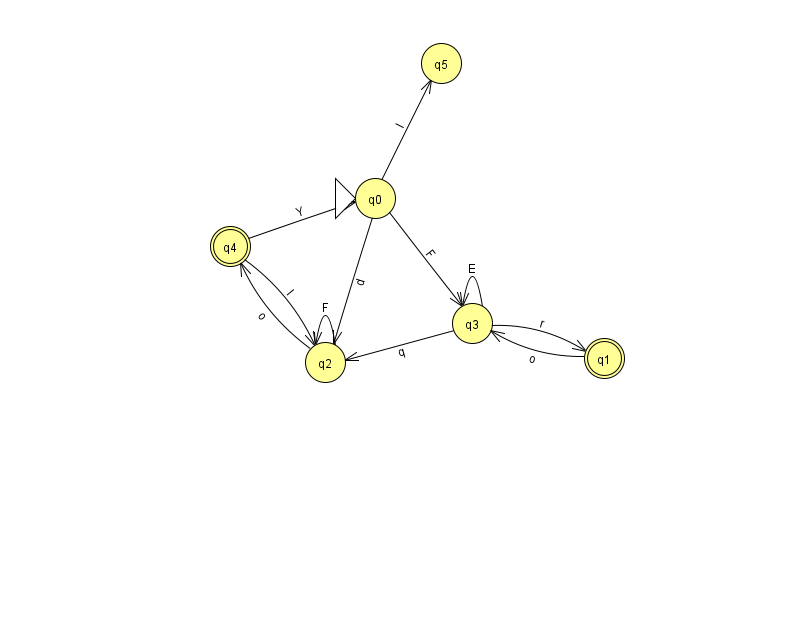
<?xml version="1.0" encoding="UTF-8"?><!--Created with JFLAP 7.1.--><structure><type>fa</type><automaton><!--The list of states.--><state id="0" name="q0"><x>375.0</x><y>185.0</y><initial/></state><state id="1" name="q1"><x>604.0</x><y>345.0</y><final/></state><state id="2" name="q2"><x>325.0</x><y>349.0</y></state><state id="3" name="q3"><x>472.0</x><y>310.0</y></state><state id="4" name="q4"><x>230.0</x><y>233.0</y><final/></state><state id="5" name="q5"><x>441.0</x><y>50.0</y></state><!--The list of transitions.--><transition><from>0</from><to>3</to><read>F</read></transition><transition><from>3</from><to>2</to><read>q</read></transition><transition><from>2</from><to>4</to><read>o</read></transition><transition><from>0</from><to>2</to><read>d</read></transition><transition><from>4</from><to>0</to><read>Y</read></transition><transition><from>1</from><to>3</to><read>o</read></transition><transition><from>4</from><to>2</to><read>I</read></transition><transition><from>3</from><to>3</to><read>E</read></transition><transition><from>2</from><to>2</to><read>F</read></transition><transition><from>0</from><to>5</to><read>l</read></transition><transition><from>3</from><to>1</to><read>r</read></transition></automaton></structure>